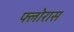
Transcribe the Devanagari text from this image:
फ्लोरास